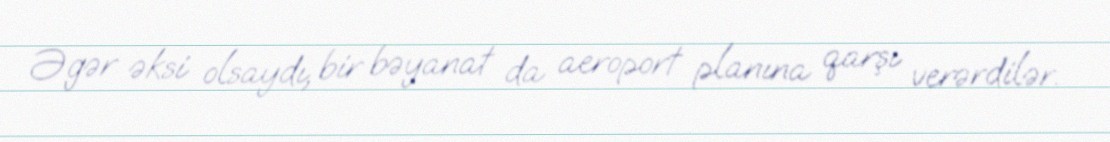
Əgər əksi olsaydı, bir bəyanat da aeroport planına qarşı verərdilər.